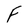
Character: F